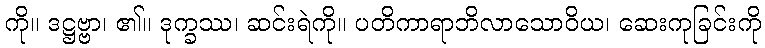
ကို။ ဒဋ္ဌဗ္ဗာ၊ ၏။ ဒုက္ခဿ၊ ဆင်းရဲကို။ ပတိကာရာဘိလာသောဝိယ၊ ဆေးကုခြင်းကို